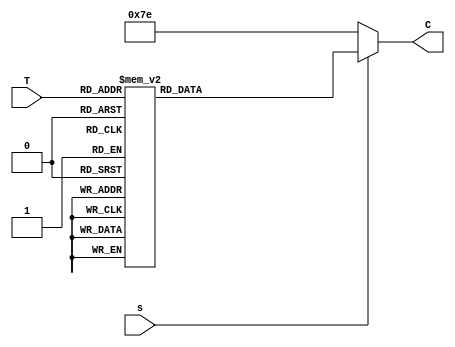
`timescale 1ns / 1ps
//////////////////////////////////////////////////////////////////////////////////
// Company: 
// Engineer: 
// 
// Design Name: 
// Module Name: display
// Project Name: 
// Target Devices: 
// Tool Versions: 
// Description: 
// 
// Dependencies: 
// 
// Revision:
// Revision 0.01 - File Created
// Additional Comments:
// 
//////////////////////////////////////////////////////////////////////////////////


module display(
    input [3:0] T,
output reg [6:0] C,
input s
    );
    
        //set 7 segment
    always@(*)
    begin
    if(s)
        case(T)
        4'b0000:C=7'b0000001;
        4'b0001:C=7'b1001111;
        4'b0010:C=7'b0010010;
        4'b0011:C=7'b0000110;
        4'b0100:C=7'b1001100;
        4'b0101:C=7'b0100100;
        4'b0110:C=7'b0100000;
        4'b0111:C=7'b0001111;
        4'b1000:C=7'b0000000;
        4'b1001:C=7'b0000100;
        4'b1010:C=7'b0001000;
        4'b1011:C=7'b1100000;
        4'b1100:C=7'b0110001;
        4'b1101:C=7'b1000010;
        4'b1110:C=7'b0110000;
        4'b1111:C=7'b0111000;
        endcase
    else
        C=7'b1111110;
    end
    
endmodule